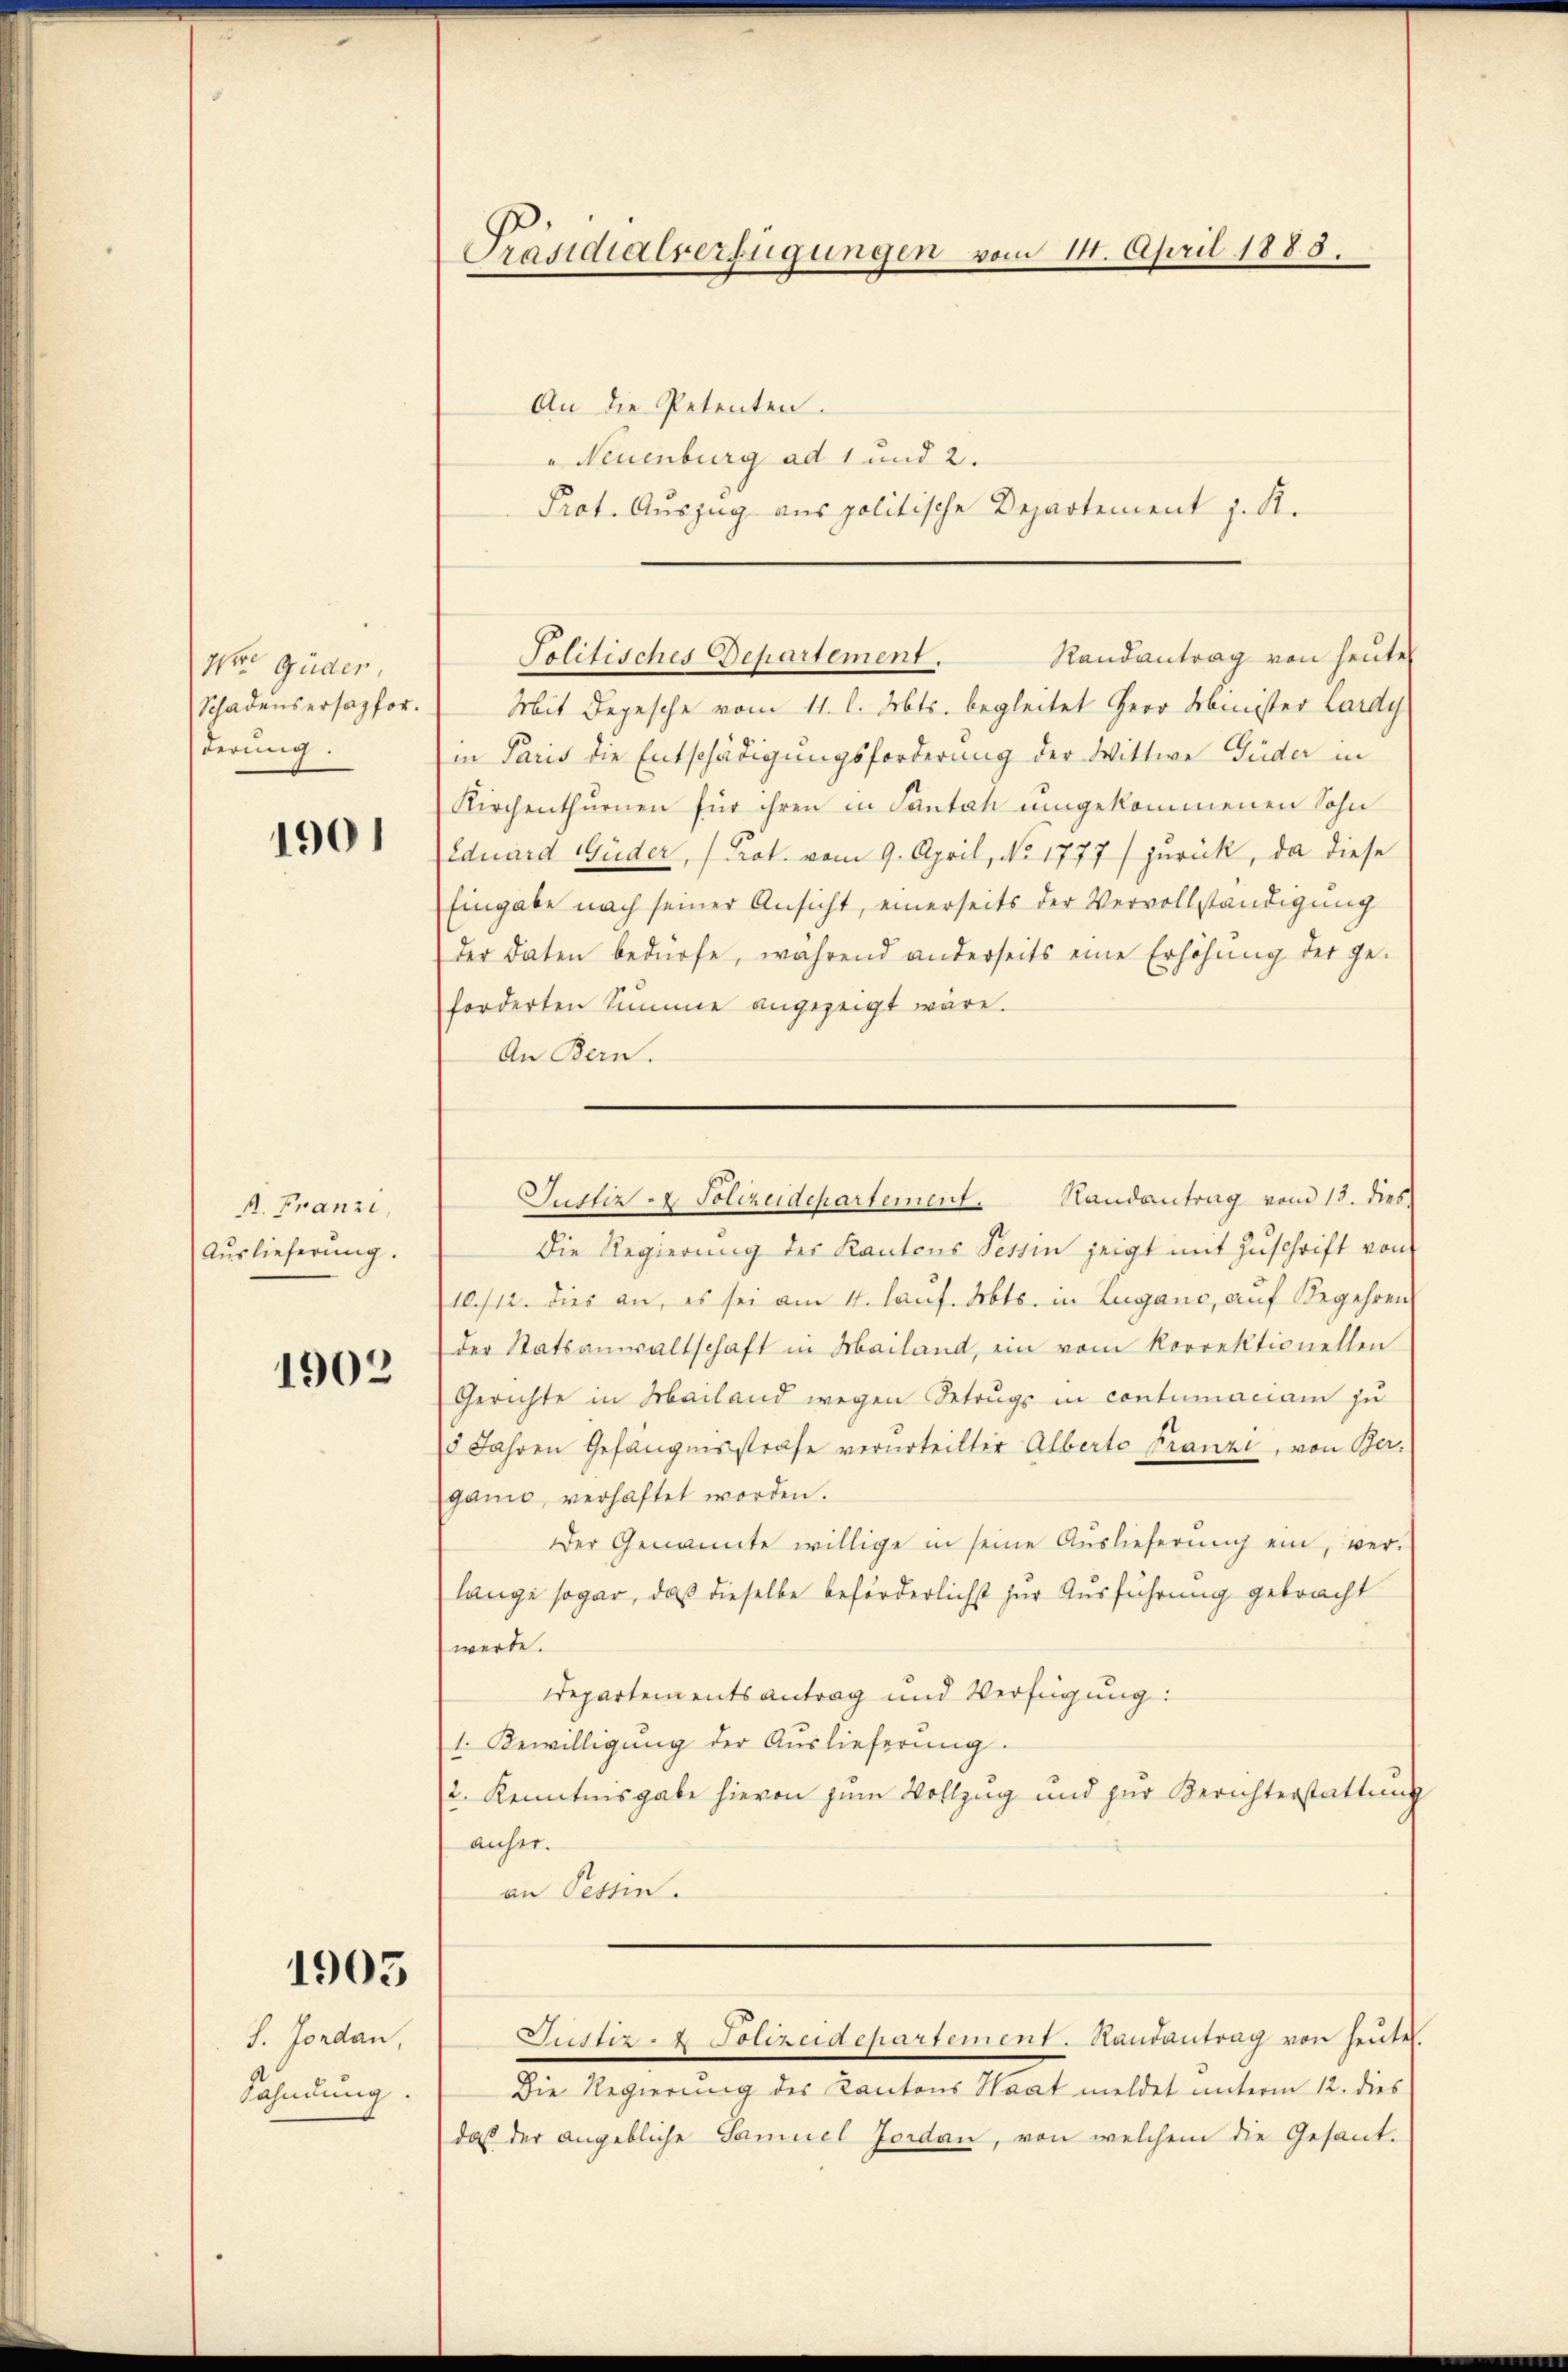
H Gäder,
Schadensersapfer.
derung.

1901

A. Franzi,
Auslieferung.

1902

1905

S. Jordan,
Sahndung.

Präsidialverfügungen vom 14. April 1888.

An die Petenten.
" Neuenburg ad 1 und 2.
Prot. Auszug aus politische Departement z. R.

Randantrag von heute
Politisches Departement.

Mit Depesche vom 11. l. Mts. begleitet Herr Meister Lardy
in Paris die Entschädigungsforderung der Wittwe Güder in
Kirchenthurnen für ihren in Santah umgekommenen Sohn
Eduard Guder, Prot. vom 9. April, No 1777) zurück, da diese
Eingabe nach seiner Ansicht, einerseits der Vervollständigung
der daten bedürfe, während anderseits eine Erhöhŭng der ge-
forderten Summe angezeigt wäre.
An Bern.
die Regierung der Kantons Tessin zeigt mit Zŭschrift von
10./12. dies an, es sei am 4. lauf. Abts. in Lugano, auf Begehrens
der Statsanwaltschaft in Mailand, ein vom Korrektionellen
Gerichte in Mailand wegen Betrugs in contumaciam zu
5 Jahren Gefängnisstrafe verurteilter Alberte Franzi, von Ber
gano, verhaftet worden.
Der Genannte willige in seine Auslieferŭng ein, ver-
lange sogar, daß dieselbe beförderlichst zur Ausführung gebracht
werde.
Departementsantrag und Verfügung:
1. Bewilligung der Auslieferung.
2. Kenntnisgabe hievon zum Vollzug und zur Berichterstattung
anher.
an Tessin.
Justiz - Polizeidepartement. Handantrag von heutet.
Die Regierung des Kantons Haat meldet unterm 12. dies
daß der angebliche Samuel Jordan, von welchem die Gesant-

Justiz- & Polizeidepartement. Handantrag vom 13. dies